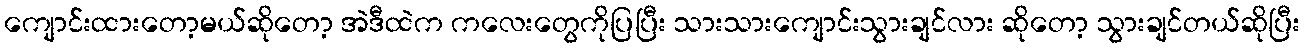
ကျောင်းထားတော့မယ်ဆိုတော့ အဲဒီထဲက ကလေးတွေကိုပြပြီး သားသားကျောင်းသွားချင်လား ဆိုတော့ သွားချင်တယ်ဆိုပြီး